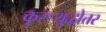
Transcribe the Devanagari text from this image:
कुरूयुद्धोत्तर